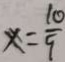
x = \frac { 1 0 } { 9 }